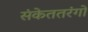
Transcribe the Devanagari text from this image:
संकेततरंगों